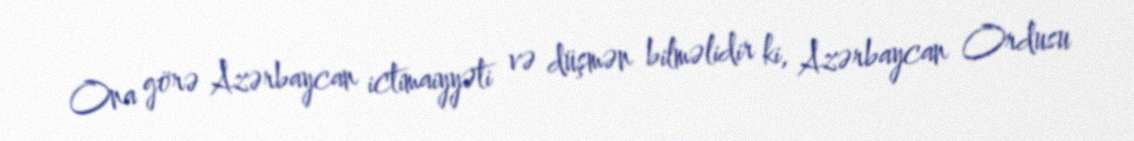
Ona görə Azərbaycan ictimaiyyəti və düşmən bilməlidir ki, Azərbaycan Ordusu